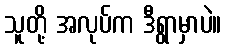
သူတို့ အလုပ်က ဒီရွာမှာပဲ။